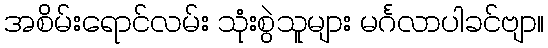
အစိမ်းရောင်လမ်း သုံးစွဲသူများ မင်္ဂလာပါခင်ဗျာ။